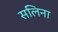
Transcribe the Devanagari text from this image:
सलिना